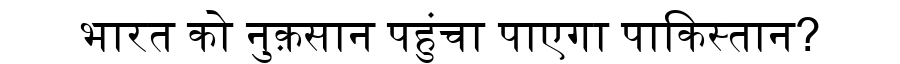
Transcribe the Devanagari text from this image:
भारत को नुक़सान पहुंचा पाएगा पाकिस्तान?